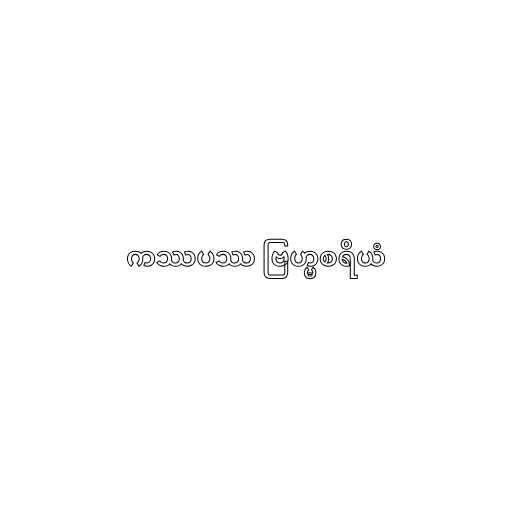
ကဿပဿ ဗြဟ္မစရိယံ